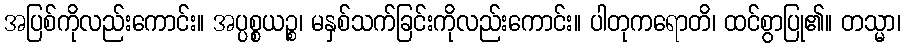
အပြစ်ကိုလည်းကောင်း။ အပ္ပစ္စယဉ္စ၊ မနှစ်သက်ခြင်းကိုလည်းကောင်း။ ပါတုကရောတိ၊ ထင်စွာပြု၏။ တသ္မာ၊